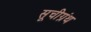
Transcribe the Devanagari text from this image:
सूचीग्रंथ